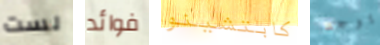
لست فوائد كابتشينو يوجد